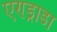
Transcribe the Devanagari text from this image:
एण्ड्राडा